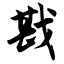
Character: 戡